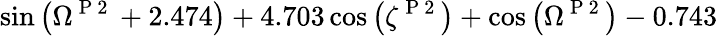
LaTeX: \sin{\left(\Omega^{\mathrm{~P~2~}}+2.474\right)}+4.703\cos{\left(\zeta^{\mathrm{~P~2~}}\right)}+\cos{\left(\Omega^{\mathrm{~P~2~}}\right)}-0.743